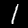
Label: 1